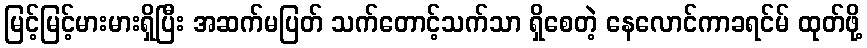
မြင့်မြင့်မားမားရှိပြီး အဆက်မပြတ် သက်တောင့်သက်သာ ရှိစေတဲ့ နေလောင်ကာခရင်မ် ထုတ်ဖို့